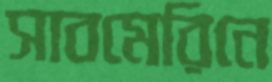
সাবমেরিনে